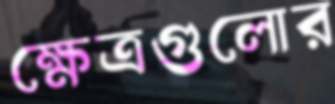
ক্ষেত্রগুলোর